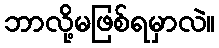
ဘာလို့မဖြစ်ရမှာလဲ။